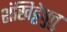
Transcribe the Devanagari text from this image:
शंखिट्टेषु़त्तु